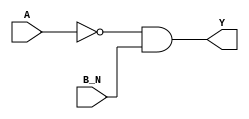
module sky130_fd_sc_ls__nor2b_5 (
    Y  ,
    A  ,
    B_N
);
    output Y  ;
    input  A  ;
    input  B_N;
    wire not0_out  ;
    wire and0_out_Y;
    not not0 (not0_out  , A              );
    and and0 (and0_out_Y, not0_out, B_N  );
    buf buf0 (Y         , and0_out_Y     );
endmodule